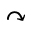
\curvearrowright